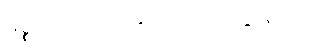
မစ္စတာလင်း အသုဘကို သွားတယ်။